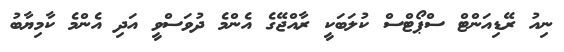
ނިއު ރޭޑިއަންޓް ސްޕޯޓްސް ކުލަބަކީ ރާއްޖޭގެ އެންމެ ދުވަސްވީ އަދި އެންމެ ކާމިޔާބު